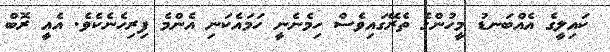
ކައިލީގެ އެއްބަނޑު މީހުންގެ ތެރޭގައިވެސް ހިމެނެނީ ހަމައެކަނި އެންމެ ފިރިހެނެކެވެ. އެއީ ރޮބް